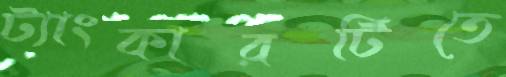
ট্যাংকারটিতে